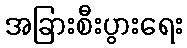
အခြားစီးပွားရေး